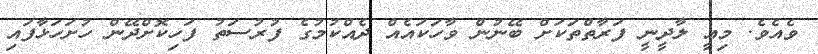
ވެއެވެ. މިއީ ލާދީނީ ފަރާތްތަކަށް ބޭނުން ވާހަކައެއް ދެއްކުމުގެ ފުރުސަތު ފަހިކޮށްދޭން ހުށަހަޅާފައި